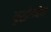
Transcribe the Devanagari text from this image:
युद्धोपदेश